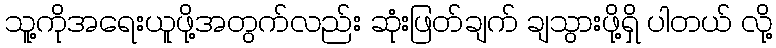
သူ့ကိုအရေးယူဖို့အတွက်လည်း ဆုံးဖြတ်ချက် ချသွားဖို့ရှိ ပါတယ် လို့